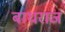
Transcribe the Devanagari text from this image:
बाधराज